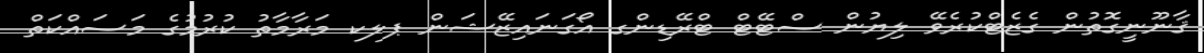
ޤާނޫނީގޮތުން ގެޒެޓްކުރެވޭ ލިޔުން ސްޓޭޓް ޓްރޭޑިންގ އޯގަނައިޒޭޝަން ޕލކ މަރާމާތު ކުރުމުގެ މަސައްކަތް